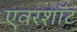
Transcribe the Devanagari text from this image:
एवरशॉट